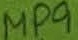
Text: MP9